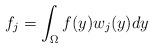
LaTeX: \begin{align*}f_j =\int_{\Omega}f(y)w_j(y)dy\end{align*}